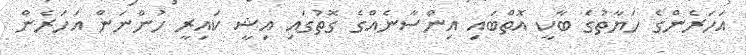
އަހަރެންގެ ހަޔާތުގެ ބާކީ އޮތްބައި އިންސާނެއްގެ ގޮތުގައި އިޝީ ކައިރީ ހުންނަން އަހަރެން